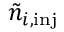
\tilde { n } _ { i , \mathrm { i n j } }